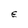
Character: E